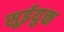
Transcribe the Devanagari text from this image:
सूईयुक्त